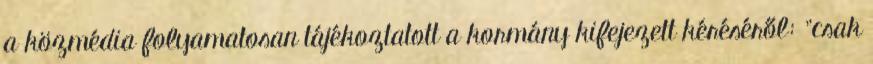
a közmédia folyamatosan tájékoztatott a kormány kifejezett kéréséről: "csak